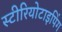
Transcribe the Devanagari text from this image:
स्टीरियोटाइपिंग